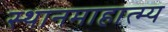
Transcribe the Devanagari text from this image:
स्थानमाहात्म्य